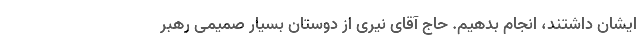
ایشان داشتند، انجام بدهیم. حاج آقای نیری از دوستان بسیار صمیمی رهبر